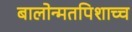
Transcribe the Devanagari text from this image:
बालोन्मतपिशाच्च